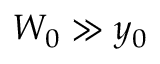
W _ { 0 } \gg y _ { 0 }